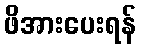
ဖိအားပေးရန်